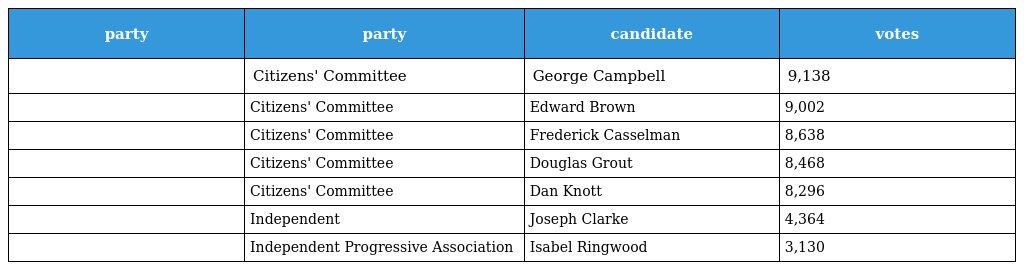
| party | party | candidate | votes |
 | --- | --- | --- | --- |
 |  | Citizens' Committee | George Campbell | 9,138 |
 |  | Citizens' Committee | Edward Brown | 9,002 |
 |  | Citizens' Committee | Frederick Casselman | 8,638 |
 |  | Citizens' Committee | Douglas Grout | 8,468 |
 |  | Citizens' Committee | Dan Knott | 8,296 |
 |  | Independent | Joseph Clarke | 4,364 |
 |  | Independent Progressive Association | Isabel Ringwood | 3,130 |